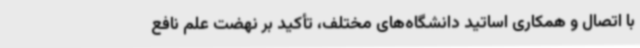
با اتصال و همکاری اساتید دانشگاه‌های مختلف، تأکید بر نهضت علم نافع